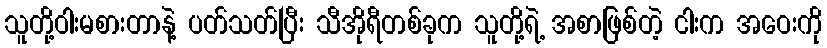
သူတို့ဝါးမစားတာနဲ့ ပတ်သတ်ပြီး သီအိုရီတစ်ခုက သူတို့ရဲ့ အစာဖြစ်တဲ့ ငါးက အဝေးကို